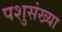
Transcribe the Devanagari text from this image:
पशुसंख्या